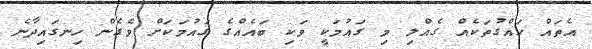
އެތައް ހައްގުތަކެއް ގެއްލި މި ގައުމަކީ ވަކި ބައެއްގެ ގައުމަކަށް ވެގެން ހިނގައިދާނެ